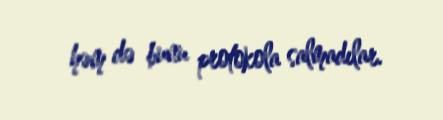
həm də bunu protokola salmadılar.